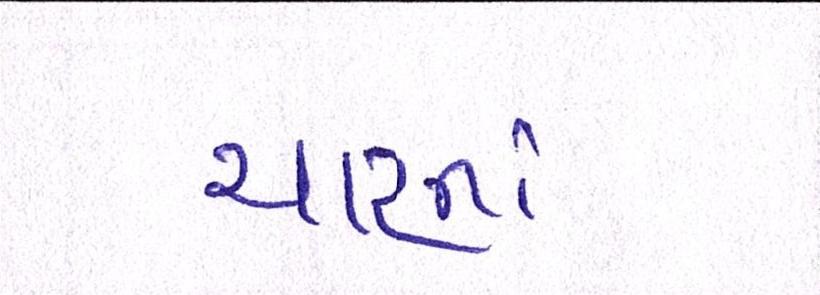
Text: ચારનાં